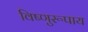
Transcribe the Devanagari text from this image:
विष्णुरूपाय